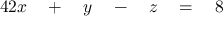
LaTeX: \begin{array} { r l r l r l r l } { { 4 } 2 x } & { { } { } + { } } & { y } & { { } { } - { } } & { z } & { { } { } = { } } & { 8 } & { { } } \end{array}